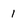
Character: 1